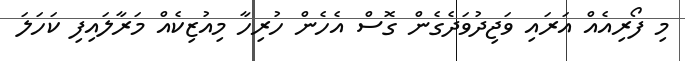
މި ފޯރިއެއް އަރައި ވަޖިދުވަދެގެން ގޮސް އެހެން ހުރިހާ މިއުޒިކެއް މަރާލައިފި ކަހަލަ